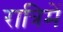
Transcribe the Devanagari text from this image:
रात्रिमें